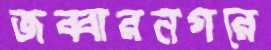
জব্বারনগরে